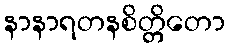
နာနာရတနစိတ္တိတော